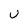
Character: U